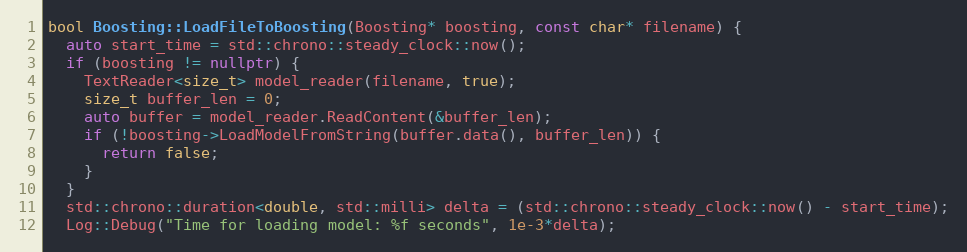
Language: C++
bool Boosting::LoadFileToBoosting(Boosting* boosting, const char* filename) {
  auto start_time = std::chrono::steady_clock::now();
  if (boosting != nullptr) {
    TextReader<size_t> model_reader(filename, true);
    size_t buffer_len = 0;
    auto buffer = model_reader.ReadContent(&buffer_len);
    if (!boosting->LoadModelFromString(buffer.data(), buffer_len)) {
      return false;
    }
  }
  std::chrono::duration<double, std::milli> delta = (std::chrono::steady_clock::now() - start_time);
  Log::Debug("Time for loading model: %f seconds", 1e-3*delta);